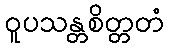
ဝူပသန္တစိတ္တတံ